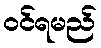
ဝင်ရမည်